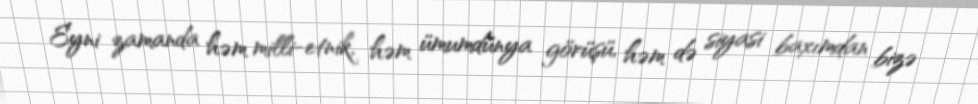
Eyni zamanda həm milli-etnik, həm ümumdünya görüşü, həm də siyasi baxımdan bizə